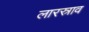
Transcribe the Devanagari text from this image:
लारस्राव